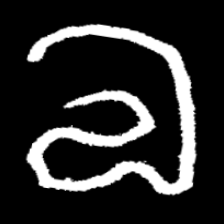
Pyu character \u2014 Myanmar letter: လ (romanized: la)